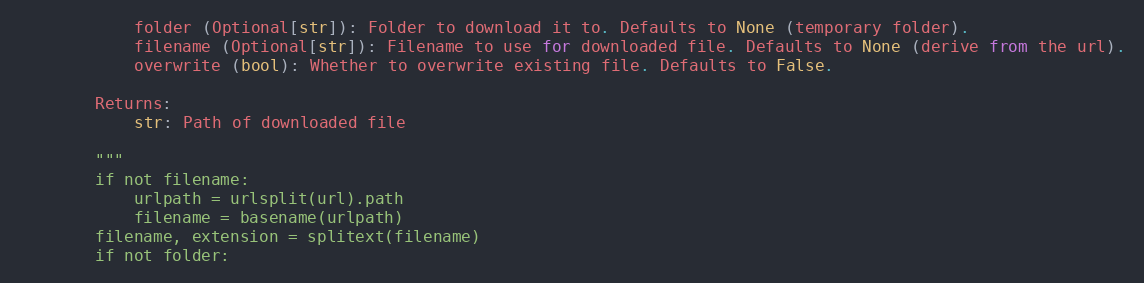
Language: Python
            folder (Optional[str]): Folder to download it to. Defaults to None (temporary folder).
            filename (Optional[str]): Filename to use for downloaded file. Defaults to None (derive from the url).
            overwrite (bool): Whether to overwrite existing file. Defaults to False.

        Returns:
            str: Path of downloaded file

        """
        if not filename:
            urlpath = urlsplit(url).path
            filename = basename(urlpath)
        filename, extension = splitext(filename)
        if not folder: